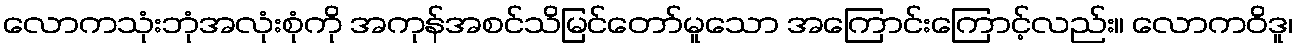
လောကသုံးဘုံအလုံးစုံကို အကုန်အစင်သိမြင်တော်မူသော အကြောင်းကြောင့်လည်း။ လောကဝိဒူ၊